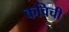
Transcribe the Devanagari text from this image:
कविची